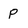
Character: P